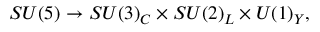
S U ( 5 ) \rightarrow S U ( 3 ) _ { C } \times S U ( 2 ) _ { L } \times U ( 1 ) _ { Y } ,